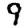
Digit: 9